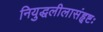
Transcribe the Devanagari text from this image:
नियुद्धलीलासंहृष्टः